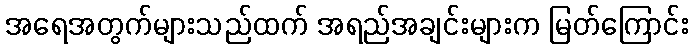
အရေအတွက်များသည်ထက် အရည်အချင်းများက မြတ်ကြောင်း